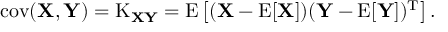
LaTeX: \operatorname { c o v } ( \mathbf { X } , \mathbf { Y } ) = \operatorname { K } _ { \mathbf { X } \mathbf { Y } } = \operatorname { E } \left[ ( \mathbf { X } - \operatorname { E } [ \mathbf { X } ] ) ( \mathbf { Y } - \operatorname { E } [ \mathbf { Y } ] ) ^ { \mathrm { { T } } } \right] .